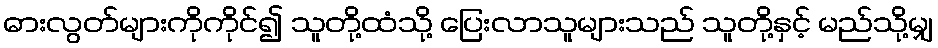
ဓားလွတ်များကိုကိုင်၍ သူတို့ထံသို့ ပြေးလာသူများသည် သူတို့နှင့် မည်သို့မျှ